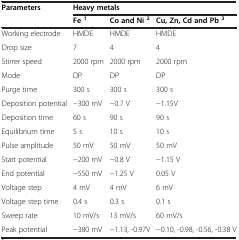
<table><thead><tr><td><b>Parameters</b></td><td colspan="3"><b>Heavy metals</b></td></tr><tr><td><b> </b></td><td><b>Fe<sup>1</sup></b></td><td><b>Co and Ni<sup>2</sup></b></td><td><b>Cu, Zn, Cd and Pb<sup>3</sup></b></td></tr></thead><tbody><tr><td>Working electrode</td><td>HMDE</td><td>HMDE</td><td>HMDE</td></tr><tr><td>Drop size</td><td>7</td><td>4</td><td>4</td></tr><tr><td>Stirrer speed</td><td>2000 rpm</td><td>2000 rpm</td><td>2000 rpm</td></tr><tr><td>Mode</td><td>DP</td><td>DP</td><td>DP</td></tr><tr><td>Purge time</td><td>300 s</td><td>300 s</td><td>300 s</td></tr><tr><td>Deposition potential</td><td>−300 mV</td><td>−0.7 V</td><td>−1.15V</td></tr><tr><td>Deposition time</td><td>60 s</td><td>90 s</td><td>90 s</td></tr><tr><td>Equilibrium time</td><td>5 s</td><td>10 s</td><td>10 s</td></tr><tr><td>Pulse amplitude</td><td>50 mV</td><td>50 mV</td><td>50 mV</td></tr><tr><td>Start potential</td><td>−200 mV</td><td>−0.8 V</td><td>−1.15 V</td></tr><tr><td>End potential</td><td>−550 mV</td><td>−1.25 V</td><td>0.05 V</td></tr><tr><td>Voltage step</td><td>4 mV</td><td>4 mV</td><td>6 mV</td></tr><tr><td>Voltage step time</td><td>0.4 s</td><td>0.3 s</td><td>0.1 s</td></tr><tr><td>Sweep rate</td><td>10 mV/s</td><td>13 mV/s</td><td>60 mV/s</td></tr><tr><td>Peak potential</td><td>−380 mV</td><td>−1.13, -0.97V</td><td>−0.10, -0.98, -0.56, -0.38 V</td></tr></tbody></table>